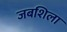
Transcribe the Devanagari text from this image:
जबशिला